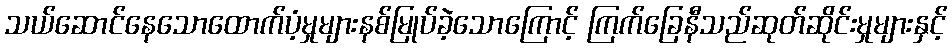
သယ်ဆောင်နေသောထောက်ပံ့မှုများနစ်မြုပ်ခဲ့သောကြောင့် ကြက်ခြေနီသည်ဆုတ်ဆိုင်းမှုများနှင့်